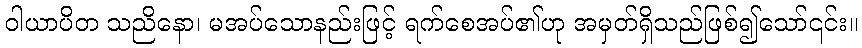
ဝါယာပိတ သညိနော၊ မအပ်သောနည်းဖြင့် ရက်စေအပ်၏ဟု အမှတ်ရှိသည်ဖြစ်၍သော်၎င်း။